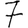
Digit: 7